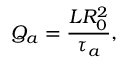
Q _ { a } = \frac { L R _ { 0 } ^ { 2 } } { \tau _ { a } } ,